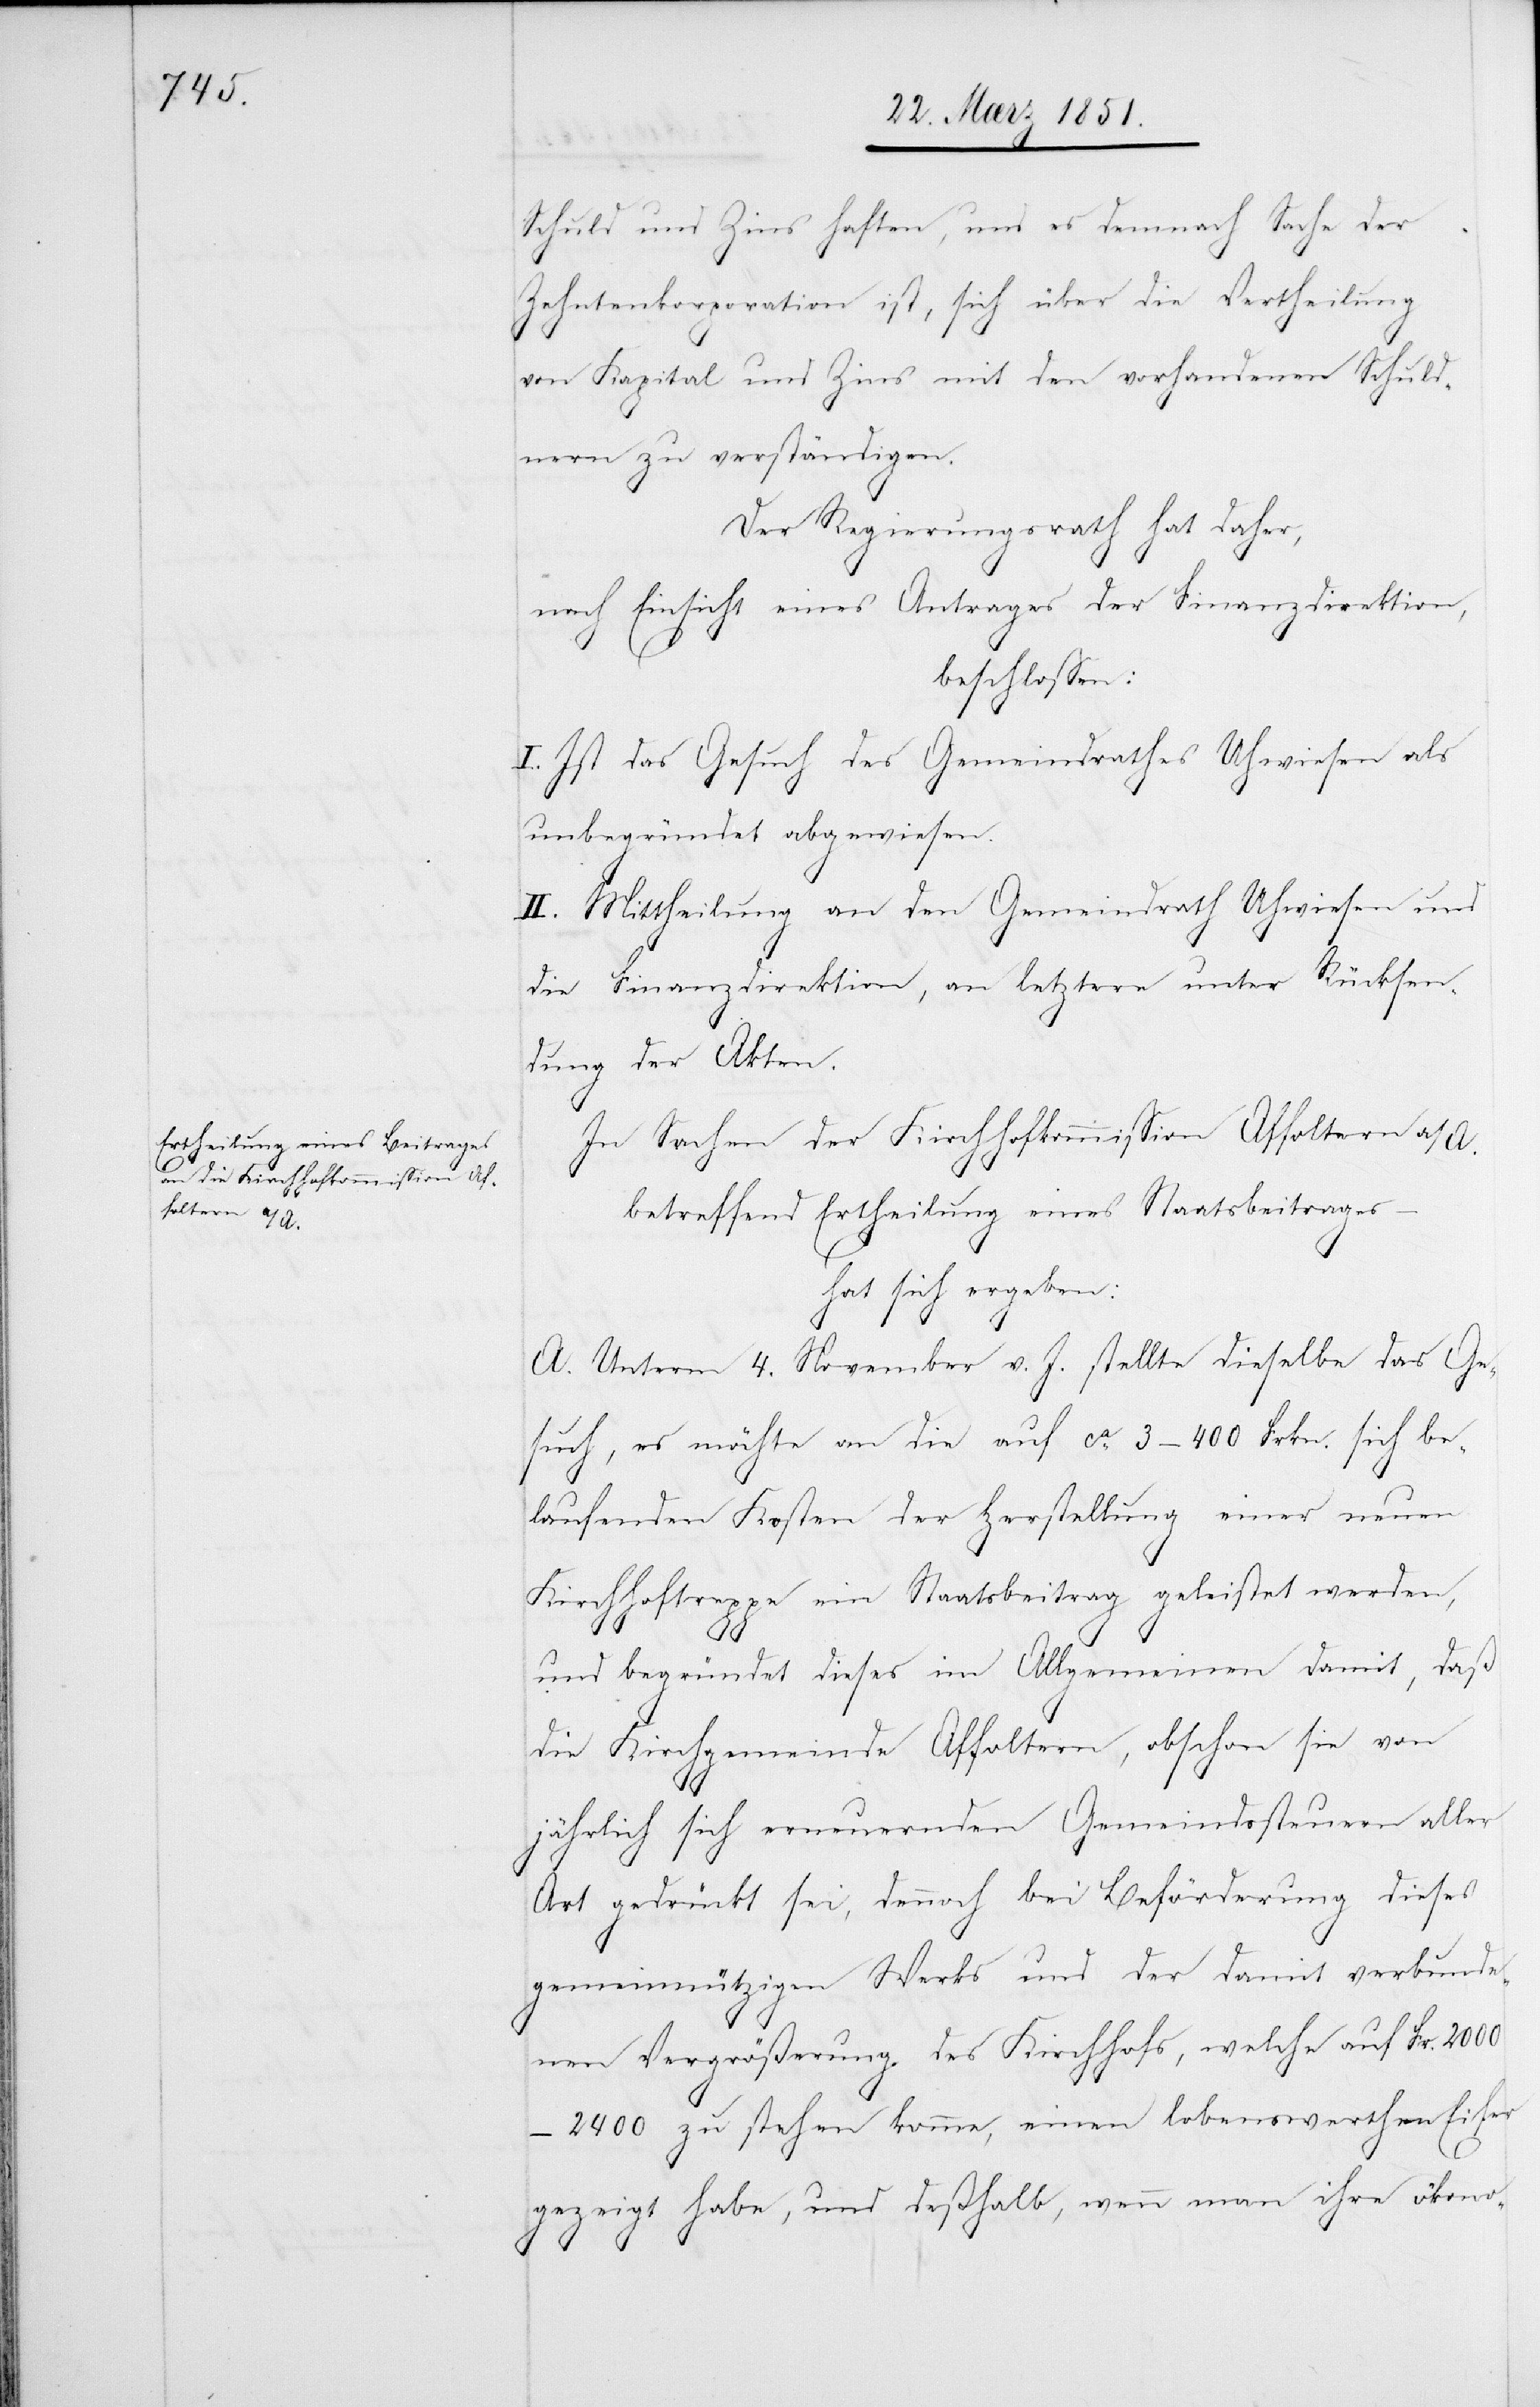
Schuld und Zins haften, und es demnach Sache der
Zehntenkorporation ist, sich über die Vertheilung
von Kapital und Zins mit den vorhandenen Schuld¬
nern zu verständigen.
Der Regierungsrath hat daher,
nach Einsicht eines Antrages der Finanzdirektion,
beschlossen:
I. Ist das Gesuch des Gemeindrathes Uhwiesen als
unbegründet abgewiesen.
II. Mittheilung an den Gemeindrath Uhwiesen und
die Finanzdirektion, an letztere unter Rücksen¬
dung der Akten.
In Sachen der Kirchhofkommission Affoltern a/A.
betreffend Ertheilung eines Staatsbeitrages
–
hat sich ergeben:
A. Unterm 4. November v. J. stellte dieselbe das Ge¬
such, es möchte an die auf ca. 3–400 Frkn. sich be¬
laufenden Kosten der Herstellung einer neuen
Kirchhoftreppe ein Staatsbeitrag geleistet werden,
und begründet dieses im Allgemeinen damit, daß
die Kirchgemeinde Affoltern, obschon sie von
jährlich sich erneuernden Gemeindssteuern aller
Art gedrückt sei, dennoch bei Beförderung dieses
gemeinnützigen Werks und der damit verbunde¬
nen Vergrößerung des Kirchhofs, welche auf Fr.
2000–2400 zu stehen komme, einen lobenswerthen Eifer
gezeigt habe, und deßhalb, wenn man ihre ökono-